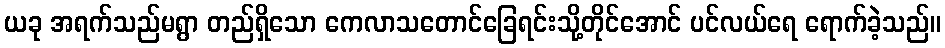
ယခု အရက်သည်မရွာ တည်ရှိသော ကေလာသတောင်ခြေရင်းသို့တိုင်အောင် ပင်လယ်ရေ ရောက်ခဲ့သည်။